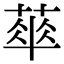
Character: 𦶎